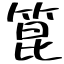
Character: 箟